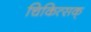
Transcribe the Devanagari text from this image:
चिकित्सक्